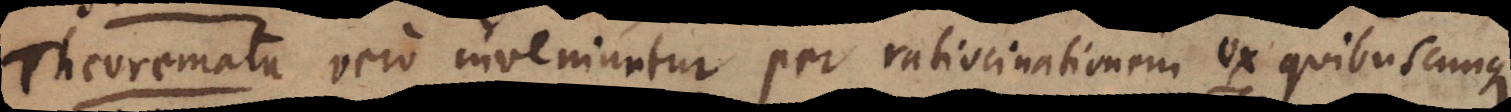
Theoremata vero inveniuntur per ratiocinationem